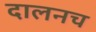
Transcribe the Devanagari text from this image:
दालनच